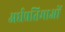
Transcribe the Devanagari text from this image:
अर्धप्रतिमाओं